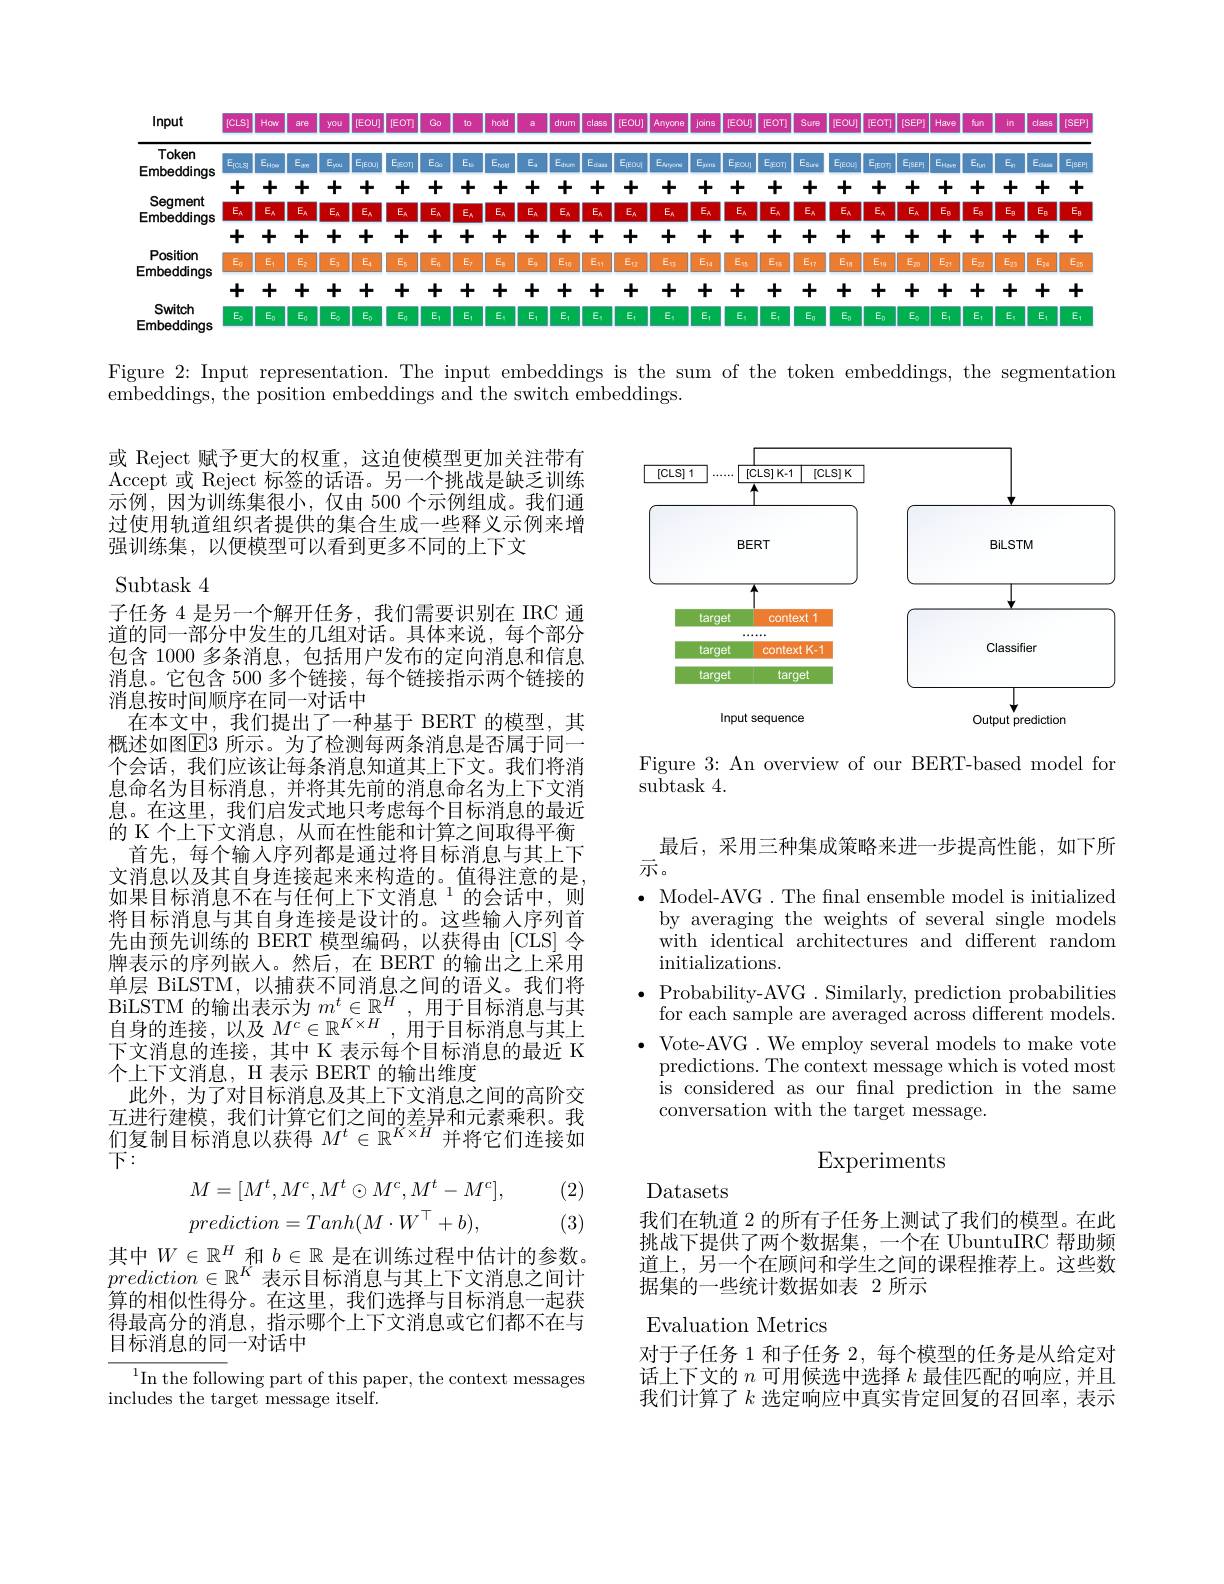
Input
<FigureHere>

Figure 2: Input representation. The input embeddings is the sum of the token embeddings, the segmentation

$\bar{\text{embeddings, the position embeddings and the switch embeddings.}}$

<FigureHere>

Figure 3: An overview of our BERT-based model for
subtask 4.

或 Reject 赋予更大的权重，这迫使模型更加关注带有Accept 或 Reject 标签的话语。另一个挑战是缺乏训练示例，因为训练集很小，仅由 500 个示例组成。我们通过使用轨道组织者提供的集合生成一些释义示例来增强训练集，以便模型可以看到更多不同的上下文
Subtask 4
子任务 4 是另一个解开任务，我们需要识别在 IRC 通道的同一部分中发生的几组对话。具体来说，每个部分包含 1000 多条消息，包括用户发布的定向消息和信息消息。它包含 500 多个链接，每个链接指示两个链接的消息按时间顺序在同一对话中
在本文中，我们提出了一种基于 BERT 的模型，其概述如图$\boxed{\mathrm{E}}3$ 所示。为了检测每两条消息是否属于同一个会话，我们应该让每条消息知道其上下文。我们将消息命名为目标消息，并将其先前的消息命名为上下文消息。在这里，我们启发式地只考虑每个目标消息的最近的 K 个上下文消息，从而在性能和计算之间取得平衡首先，每个输入序列都是通过将目标消息与其上下文消息以及其自身连接起来来构造的。值得注意的是如果目标消息不在与任何上下文消息$^{1}$的会话中，则将目标消息与其自身连接是设计的。这些输入序列首先由预先训练的 BERT 模型编码，以获得由[CLS]令牌表示的序列嵌人。然后，在 BERT 的输出之上采用单层 BiLSTM,以捕获不同消息之间的语义。我们将BiLSTM 的输出表示为 $m^t\in\mathbb{R}^H$, 用于目标消息与其自身的连接，以及$M^c\in\mathbb{R}^{K\times H}$,用于目标消息与其上下文消息的连接，其中 K 表示每个目标消息的最近 K 个上下文消息，H 表示 BERT 的输出维度
此外，为了对目标消息及其上下文消息之间的高阶交互进行建模，我们计算它们之间的差异和元素乘积。我们 复 制 目 标 消 息 以 获 得 $M^t\in \mathbb{R} ^{K\times H}$ 并 将 它 们 连 接 如下：
(2)
$$\begin{aligned}&M=[M^t,M^c,M^t\odot M^c,M^t-M^c],\\&prediction=Tanh(M\cdot W^\top+b),\end{aligned}$$
(3)

最后，采用三种集成策略来进一步提高性能，如下所
示。
$\bullet$ Model-AVG. The fnal ensemble model is initialized
by averaging the weights of several single models with identical architectures and different random initializations.
Probability-AVG .Similarly, prediction probabilities for each sample are averaged across different models.
$\bullet$ Vote-AVG. We employ several models to make vote
predictions. The context message which is voted most is considered as our fnal prediction in the same conversation with the target message.

# Experiments

Datasets

我们在轨道 2 的所有子任务上测试了我们的模型。在此挑战下提供了两个数据集，一个在 UbuntuIRC 帮助频道上，另一个在顾问和学生之间的课程推荐上。这些数据集的一些统计数据如表 2 所示

其中$W\in\mathbb{R}^H$和$b\in\mathbb{R}$是在训练过程中估计的参数。$prediction\in\mathbb{R}^{K}$表示目标消息与其上下文消息之间计算的相似性得分。在这里，我们选择与目标消息一起获得最高分的消息，指示哪个上下文消息或它们都不在与目标消息的同一对话中

Evaluation Metrics
对于子任务 1 和子任务2，每个模型的任务是从给定对话上下文的$n$可用候选中选择$k$最佳匹配的响应，并且我们计算了$k$选定响应中真实肯定回复的召回率，表示

${^{1}\text{In the following part of this paper, the context messages}}$
includes the target message itself.